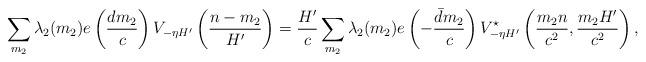
LaTeX: \begin{align*}\sum_{m_2}\lambda_{2}(m_2)e\left(\frac{dm_2}{c}\right)V_{-\eta H'}\left(\frac{n-m_2}{H'}\right)=\frac{H'}{c}\sum_{m_2}\lambda_{2}(m_2)e\left(-\frac{\bar{d}m_2}{c}\right)V^{\star}_{-\eta H'}\left(\frac{m_2n}{c^2},\frac{m_2H'}{c^2}\right),\end{align*}